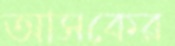
আসকের